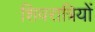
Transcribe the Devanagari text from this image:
शिवरात्रियों